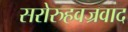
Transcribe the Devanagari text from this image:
सरोरुहवज्रवाद